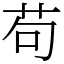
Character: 苟